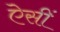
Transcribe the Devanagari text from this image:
ऐसीं